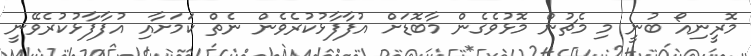
މޮރީިިނިއޯ ބުނީ މި މެޗުން މޮޅުވެގެން މާބޮޑަށް އުފާފާޅުކުރެވެން ނެތް ކަމަށާއި އުފާފާޅުކުރެވޭނީ